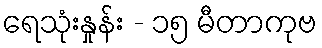
ရေသုံးနှုန်း - ၁၅ မီတာကုဗ